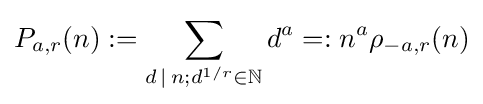
P_{a,r}(n):=\sum _{d\,\mid \,n;d^{1/r}\in \mathbb {N} }d^{a}=:n^{a}\rho _{-a,r}(n)